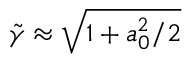
\tilde { \gamma } \approx \sqrt { 1 + a _ { 0 } ^ { 2 } / 2 }